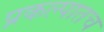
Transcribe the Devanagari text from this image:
प्रकल्पातच